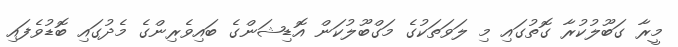
މީރާ ގަބޫލުކުރާ ގޮތުގައި މި ލަވަތަކުގެ މަގްބޫލުކަން އޮޑިޝަންގެ ބައިވެރިންގެ މެދުގައި ބޮޑުވެފައި